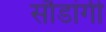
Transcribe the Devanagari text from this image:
सौडांगी